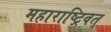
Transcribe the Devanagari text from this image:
महाराष्ट्रिवत्